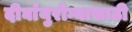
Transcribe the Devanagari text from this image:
दीर्घायुरोग्यासाठी